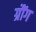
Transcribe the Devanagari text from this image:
ग्रौंग